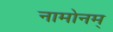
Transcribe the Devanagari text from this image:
नामोनम्